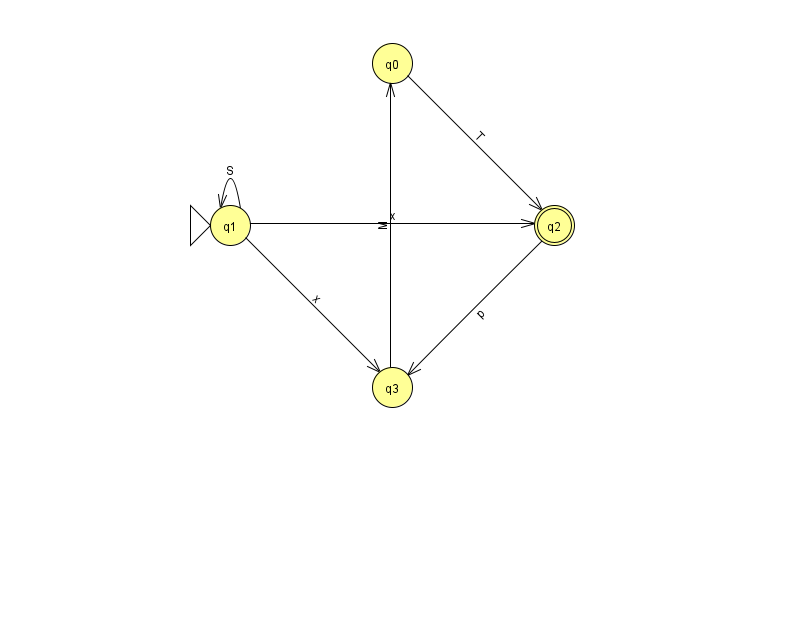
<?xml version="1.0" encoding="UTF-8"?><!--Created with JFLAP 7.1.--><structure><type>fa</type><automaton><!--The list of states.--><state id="0" name="q0"><x>392.0</x><y>50.0</y></state><state id="1" name="q1"><x>230.0</x><y>212.0</y><initial/></state><state id="2" name="q2"><x>554.0</x><y>212.0</y><final/></state><state id="3" name="q3"><x>392.0</x><y>374.0</y></state><!--The list of transitions.--><transition><from>1</from><to>3</to><read>x</read></transition><transition><from>1</from><to>1</to><read>S</read></transition><transition><from>0</from><to>2</to><read>T</read></transition><transition><from>1</from><to>2</to><read>x</read></transition><transition><from>2</from><to>3</to><read>p</read></transition><transition><from>3</from><to>0</to><read>M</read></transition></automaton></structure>